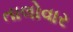
તાલોવાર